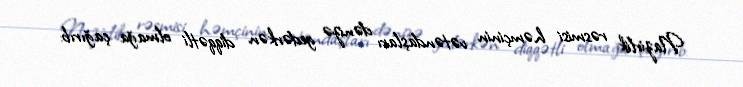
Nazirlik rəsmisi həmçinin vətəndaşları dənizə gedərkən diqqətli olmağa çağırıb: